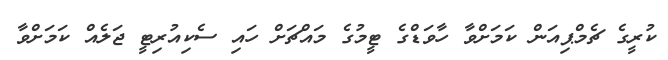
ކުރީގެ ޗެމްޕިއަން ކަމަށްވާ ހާވަޑްގެ ޓީމުގެ މައްޗަށް ހައި ސެކިއުރިޓީ ޖަލެއް ކަަމަށްވާ